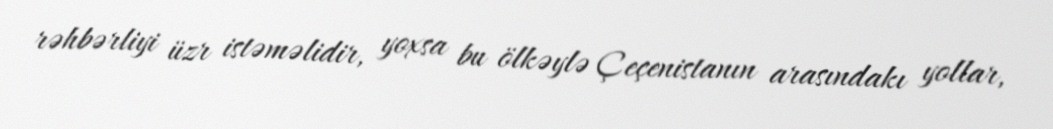
rəhbərliyi üzr istəməlidir, yoxsa bu ölkəylə Çeçenistanın arasındakı yollar,